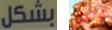
بشكل أنت